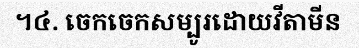
។៤. ចេកចេកសម្បូរដោយវីតាមីន